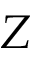
Z